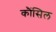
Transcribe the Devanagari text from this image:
कौंंसिल